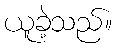
ယူခဲ့သည်။